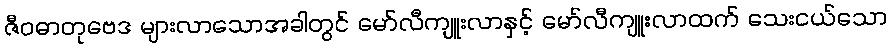
ဇီဝဓာတုဗေဒ များလာသောအခါတွင် မော်လီကျူးလာနှင့် မော်လီကျူးလာထက် သေးငယ်သော